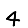
Digit: 4